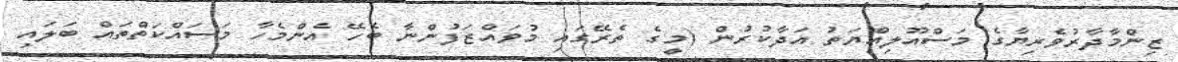
ޒިންމާދާރުވެރިޔާގެ މަސްއޫލިއްޔަތު އަދާކުރުން (މީގެ ތެރޭގައި މުވައްޒަފުންނާ ބެހޭ އެންމެހާ މަސައްކަތްތައް ބަލައި